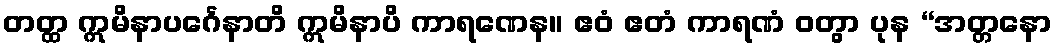
တတ္ထ ဣမိနာပင်္ဂေနာတိ ဣမိနာပိ ကာရဏေန။ ဧဝံ ဧတံ ကာရဏံ ဝတွာ ပုန “အတ္တနော